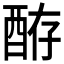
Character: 𫑴